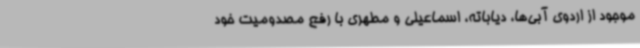
موجود از اردوی آبی‌ها، دیاباته، اسماعیلی و مطهری با رفع مصدومیت خود